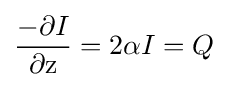
{\frac {-\partial I}{\partial \mathrm {z} }}=2\alpha I=Q